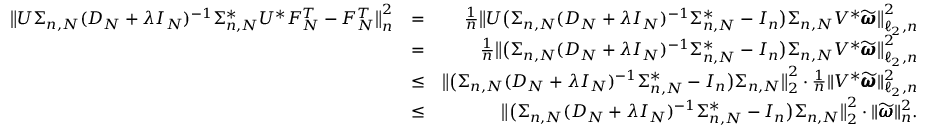
\begin{array} { r l r } { \big \| U \Sigma _ { n , N } ( D _ { N } + \lambda I _ { N } ) ^ { - 1 } \Sigma _ { n , N } ^ { * } U ^ { * } F _ { N } ^ { T } - F _ { N } ^ { T } \big \| _ { n } ^ { 2 } } & { = } & { \frac { 1 } { n } \big \| U \big ( \Sigma _ { n , N } ( D _ { N } + \lambda I _ { N } ) ^ { - 1 } \Sigma _ { n , N } ^ { * } - I _ { n } \big ) \Sigma _ { n , N } V ^ { * } \widetilde { \pmb { \omega } } \big \| _ { \ell _ { 2 } , n } ^ { 2 } } \\ & { = } & { \frac { 1 } { n } \big \| \big ( \Sigma _ { n , N } ( D _ { N } + \lambda I _ { N } ) ^ { - 1 } \Sigma _ { n , N } ^ { * } - I _ { n } \big ) \Sigma _ { n , N } V ^ { * } \widetilde { \pmb { \omega } } \big \| _ { \ell _ { 2 } , n } ^ { 2 } } \\ & { \leq } & { \big \| \big ( \Sigma _ { n , N } ( D _ { N } + \lambda I _ { N } ) ^ { - 1 } \Sigma _ { n , N } ^ { * } - I _ { n } \big ) \Sigma _ { n , N } \big \| _ { 2 } ^ { 2 } \cdot \frac { 1 } { n } \| V ^ { * } \widetilde { \pmb { \omega } } \| _ { \ell _ { 2 } , n } ^ { 2 } } \\ & { \leq } & { \big \| \big ( \Sigma _ { n , N } ( D _ { N } + \lambda I _ { N } ) ^ { - 1 } \Sigma _ { n , N } ^ { * } - I _ { n } \big ) \Sigma _ { n , N } \big \| _ { 2 } ^ { 2 } \cdot \| \widetilde { \pmb { \omega } } \| _ { n } ^ { 2 } . } \end{array}